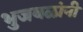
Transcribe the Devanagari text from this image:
भुजबळांनी